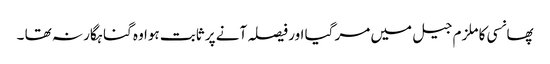
پھانسی کا ملزم جیل میں مر گیا اور فیصلہ آنے پر ثابت ہوا وہ گناہگار نہ تھا ۔